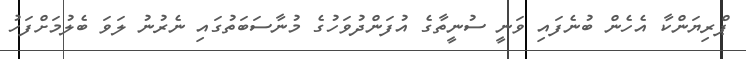
ޕްރިޔަންކާ އެހެން ބުނެފައި ވަނީ ސުނީތާގެ އުފަންދުވަހުގެ މުނާސަބަތުގައި ނެރުނު ލަވަ ބެލުމަށްފަހު